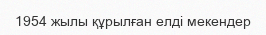
1954 жылы құрылған елді мекендер